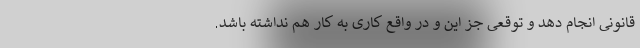
قانونی انجام دهد و توقعی جز این و در واقع کاری به کار هم نداشته باشد.